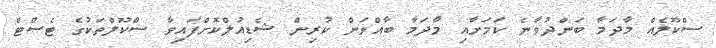
ސްކޫލެއް މާދަމާ ބަންދުވާނެ ކަމަށާއި މާދަމާ ބާއްވަން ކުރިން ޝެޑިއުލްކޮށްފައިވާ ސްކޫލްތަކުގެ ޓެސްޓް